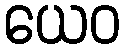
ယေဝ